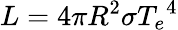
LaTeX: L=4\pi R^{2}\sigma{T_{e}}^{4}